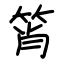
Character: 筲